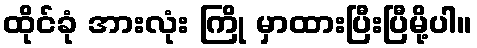
ထိုင်ခုံ အားလုံး ကြို မှာထားပြီးပြီမို့ပါ။